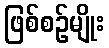
ဖြစ်စဉ်မျိုး